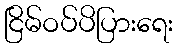
ငြိမ်ဝပ်ပိပြားရေး